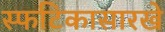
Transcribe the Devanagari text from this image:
स्फटिकासारखे